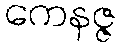
ကေနဇ္ဇ